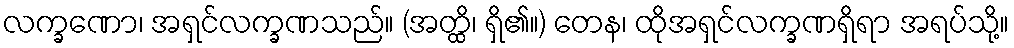
လက္ခဏော၊ အရှင်လက္ခဏသည်။ (အတ္ထိ၊ ရှိ၏။) တေန၊ ထိုအရှင်လက္ခဏရှိရာ အရပ်သို့။